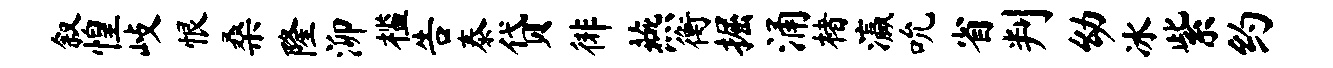
叙惶歧恨桑隆泖槛告泰贷徘燕衡掘涌楮瀛吮省判幼冰紫约